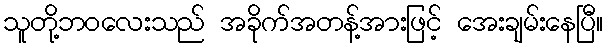
သူတို့ဘဝလေးသည် အခိုက်အတန့်အားဖြင့် အေးချမ်းနေပြီ။